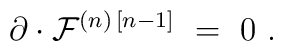
\partial \cdot {\cal F}^{(n)\, [n-1]} \ = \ 0 \ .